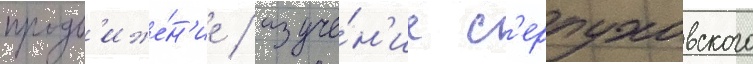
продв'иже́н'ие / изуче́н'ие с'ерпуховского